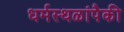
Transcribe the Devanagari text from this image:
धर्मस्थळांपैकी